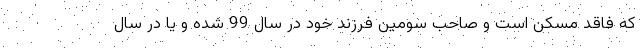
که فاقد مسکن است و صاحب سومین فرزند خود در سال 99 شده و یا در سال